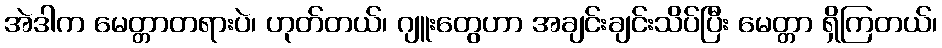
အဲဒါက မေတ္တာတရားပဲ၊ ဟုတ်တယ်၊ ဂျူးတွေဟာ အချင်းချင်းသိပ်ပြီး မေတ္တာ ရှိကြတယ်၊